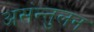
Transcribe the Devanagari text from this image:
असंन्तुलन